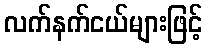
လက်နက်ငယ်များဖြင့်